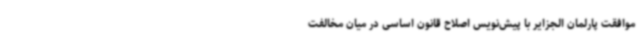
موافقت پارلمان الجزایر با پیش‌نویس اصلاح قانون اساسی در میان مخالفت